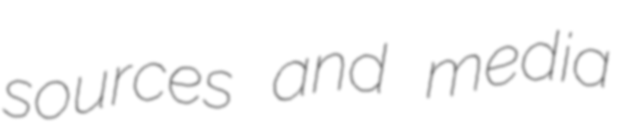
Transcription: sources and media